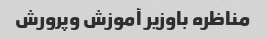
مناظره باوزیر آموزش وپرورش